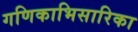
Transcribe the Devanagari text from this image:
गणिकाभिसारिका